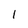
Character: 1